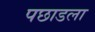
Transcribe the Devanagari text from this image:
पछाडला